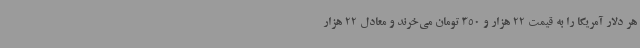
هر دلار آمریکا را به قیمت 22 هزار و 350 تومان می‌خرند و معادل 22 هزار